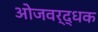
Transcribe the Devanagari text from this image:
ओजवर्द्धक